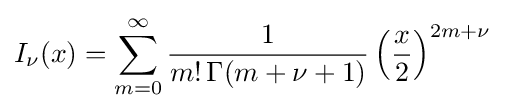
I_{\nu }(x)=\sum _{m=0}^{\infty }{\frac {1}{m!\,\Gamma (m+\nu +1)}}\left({\frac {x}{2}}\right)^{2m+\nu }